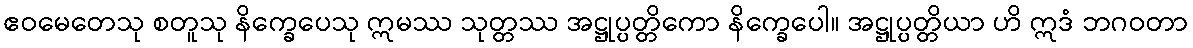
ဧဝမေတေသု စတူသု နိက္ခေပေသု ဣမဿ သုတ္တဿ အဋ္ဌုပ္ပတ္တိကော နိက္ခေပေါ။ အဋ္ဌုပ္ပတ္တိယာ ဟိ ဣဒံ ဘဂဝတာ